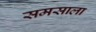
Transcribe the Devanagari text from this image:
समसाला